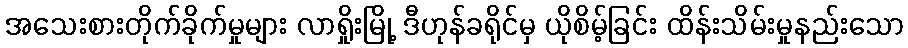
အသေးစားတိုက်ခိုက်မှုများ လာရှိုးမြို့ ဒီဟုန်ခရိုင်မှ ယိုစိမ့်ခြင်း ထိန်းသိမ်းမှုနည်းသော